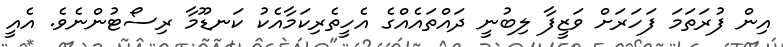
އިން ފުރަތަމަ ފަހަރަށް ވަޒީފާ ލިބުނީ ދައްތައެއްގެ އެހީތެރިކަމާއެކު ކަނޑޫމާ ރިސޯޓުންނެވެ. އެއީ